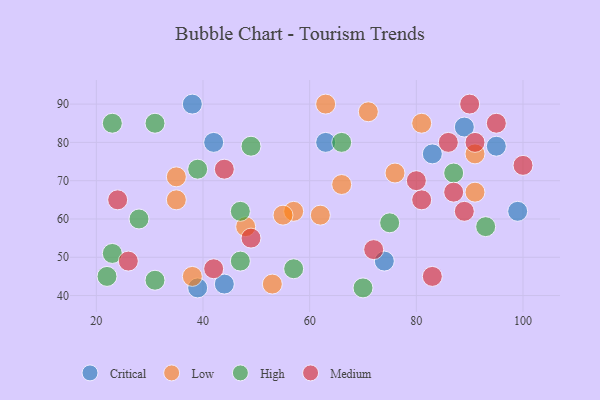
{"axis": {"x": "GDP", "y": "Life Expectancy"}, "legend": ["Critical", "High", "Low", "Medium"], "data": [{"x": "99", "y": 62, "type": "Critical"}, {"x": "42", "y": 80, "type": "Critical"}, {"x": "89", "y": 84, "type": "Critical"}, {"x": "83", "y": 77, "type": "Critical"}, {"x": "38", "y": 90, "type": "Critical"}, {"x": "44", "y": 43, "type": "Critical"}, {"x": "63", "y": 80, "type": "Critical"}, {"x": "74", "y": 49, "type": "Critical"}, {"x": "95", "y": 79, "type": "Critical"}, {"x": "39", "y": 42, "type": "Critical"}, {"x": "57", "y": 62, "type": "Low"}, {"x": "71", "y": 88, "type": "Low"}, {"x": "53", "y": 43, "type": "Low"}, {"x": "91", "y": 77, "type": "Low"}, {"x": "35", "y": 65, "type": "Low"}, {"x": "35", "y": 71, "type": "Low"}, {"x": "62", "y": 61, "type": "Low"}, {"x": "81", "y": 85, "type": "Low"}, {"x": "48", "y": 58, "type": "Low"}, {"x": "66", "y": 69, "type": "Low"}, {"x": "38", "y": 45, "type": "Low"}, {"x": "63", "y": 90, "type": "Low"}, {"x": "76", "y": 72, "type": "Low"}, {"x": "55", "y": 61, "type": "Low"}, {"x": "91", "y": 67, "type": "Low"}, {"x": "23", "y": 51, "type": "High"}, {"x": "39", "y": 73, "type": "High"}, {"x": "66", "y": 80, "type": "High"}, {"x": "75", "y": 59, "type": "High"}, {"x": "93", "y": 58, "type": "High"}, {"x": "47", "y": 49, "type": "High"}, {"x": "23", "y": 85, "type": "High"}, {"x": "28", "y": 60, "type": "High"}, {"x": "31", "y": 85, "type": "High"}, {"x": "87", "y": 72, "type": "High"}, {"x": "22", "y": 45, "type": "High"}, {"x": "70", "y": 42, "type": "High"}, {"x": "31", "y": 44, "type": "High"}, {"x": "47", "y": 62, "type": "High"}, {"x": "49", "y": 79, "type": "High"}, {"x": "57", "y": 47, "type": "High"}, {"x": "89", "y": 62, "type": "Medium"}, {"x": "72", "y": 52, "type": "Medium"}, {"x": "87", "y": 67, "type": "Medium"}, {"x": "26", "y": 49, "type": "Medium"}, {"x": "91", "y": 80, "type": "Medium"}, {"x": "86", "y": 80, "type": "Medium"}, {"x": "42", "y": 47, "type": "Medium"}, {"x": "44", "y": 73, "type": "Medium"}, {"x": "24", "y": 65, "type": "Medium"}, {"x": "90", "y": 90, "type": "Medium"}, {"x": "81", "y": 65, "type": "Medium"}, {"x": "80", "y": 70, "type": "Medium"}, {"x": "95", "y": 85, "type": "Medium"}, {"x": "49", "y": 55, "type": "Medium"}, {"x": "83", "y": 45, "type": "Medium"}, {"x": "100", "y": 74, "type": "Medium"}]}